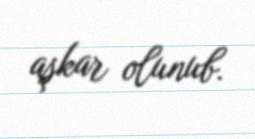
aşkar olunub.